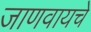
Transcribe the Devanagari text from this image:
जाणवायचे